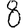
Digit: 8